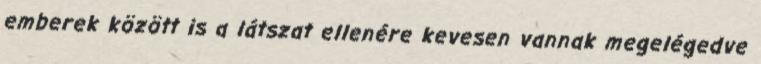
emberek között is a látszat ellenére kevesen vannak megelégedve